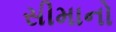
સીમાનો